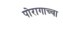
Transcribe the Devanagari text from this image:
पोरागाच्चा